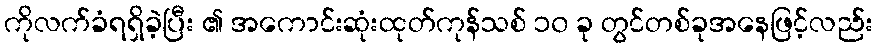
ကိုလက်ခံရရှိခဲ့ပြီး ၏ အကောင်းဆုံးထုတ်ကုန်သစ် ၁၀ ခု တွင်တစ်ခုအနေဖြင့်လည်း